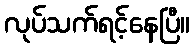
လုပ်သက်ရင့်နေပြီ။